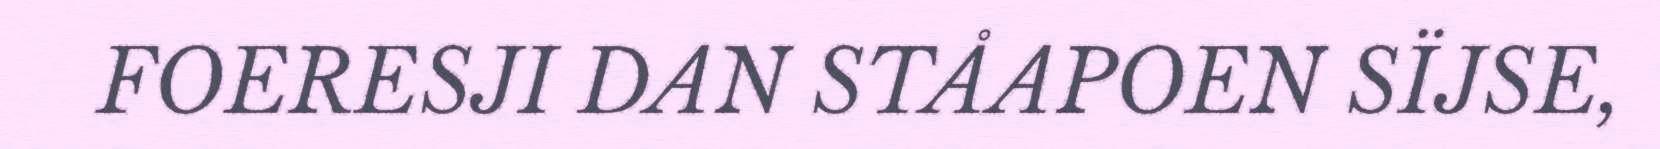
FOERESJI DAN STÅAPOEN SÏJSE,